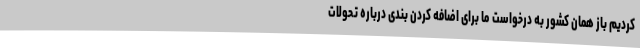
کردیم باز همان کشور به درخواست ما برای اضافه کردن بندی درباره تحولات